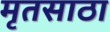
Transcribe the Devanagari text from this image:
मृतसाठा